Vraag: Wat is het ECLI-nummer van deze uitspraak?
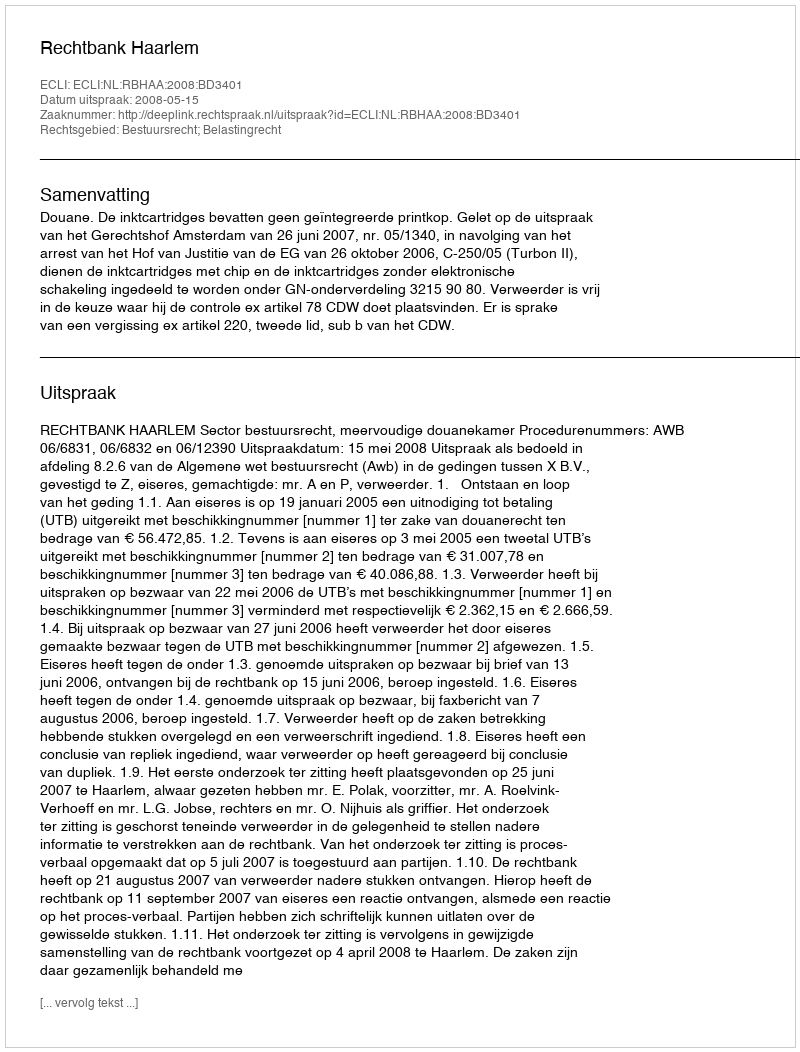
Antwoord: ECLI:NL:RBHAA:2008:BD3401